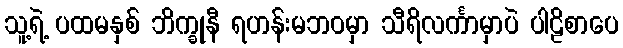
သူ့ရဲ့ ပထမနှစ် ဘိက္ခုနီ ရဟန်းမဘဝမှာ သီရိလင်္ကာမှာပဲ ပါဠိစာပေ